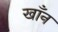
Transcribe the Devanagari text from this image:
खाँन